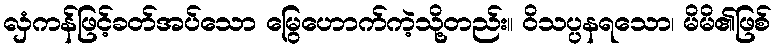
လှံကန်ဖြင့်ခတ်အပ်သော မြွေဟောက်ကဲ့သို့တည်း။ ဝိသပ္ပနရသော၊ မိမိ၏ဖြစ်